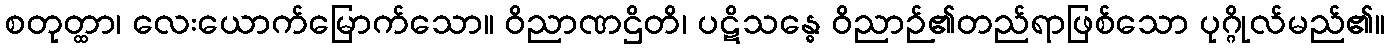
စတုတ္ထာ၊ လေးယောက်မြောက်သော။ ဝိညာဏဌိတိ၊ ပဋိသန္ဓေ ဝိညာဉ်၏တည်ရာဖြစ်သော ပုဂ္ဂိုလ်မည်၏။